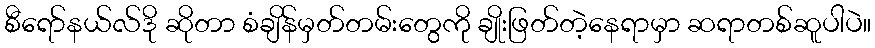
စီရော်နယ်လ်ဒို ဆိုတာ စံချိန်မှတ်တမ်းတွေကို ချိုးဖြတ်တဲ့နေရာမှာ ဆရာတစ်ဆူပါပဲ။